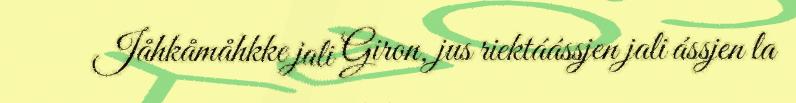
Jåhkåmåhkke jali Giron, jus riektáássjen jali ássjen la